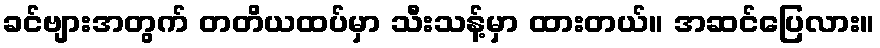
ခင်ဗျားအတွက် တတိယထပ်မှာ သီးသန့်မှာ ထားတယ်။ အဆင်ပြေလား။